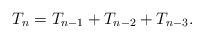
LaTeX: \begin{align*}{{T}_{n}}={{T}_{n-1}}+{{T}_{n-2}+{T}_{n-3}}.\end{align*}